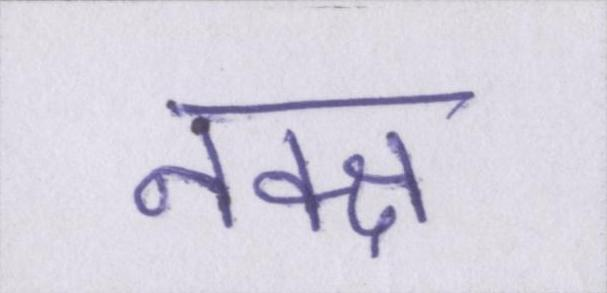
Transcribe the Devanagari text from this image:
नक्क्ष